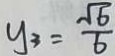
y _ { 3 } = \frac { \sqrt { 6 } } { 6 }